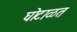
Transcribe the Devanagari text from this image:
घोटाळत